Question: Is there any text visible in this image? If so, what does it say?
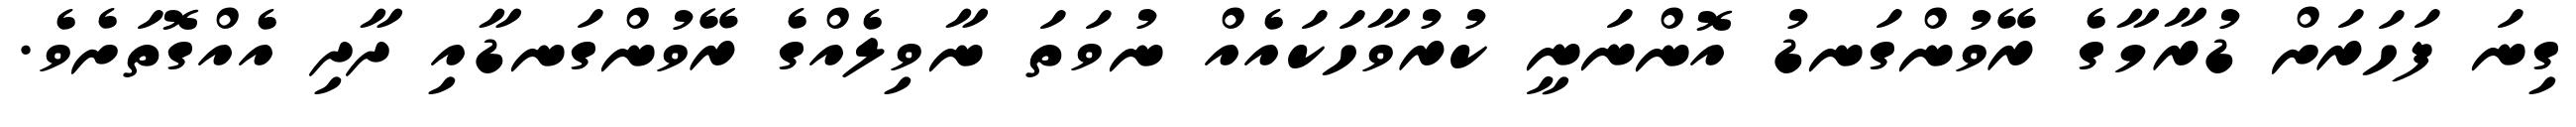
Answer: ގިނަ ފަހަރަށް ޑުރާމާގެ ރޭވުންގަނޑު އޮންނަނީ ކުރުވާހަކައެއް ނުވަތަ ނާވިލެއްގެ ރޭވުންގަނޑާއި ދާދި އެއްގޮތަށެވެ.